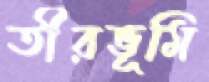
তীরভূমি